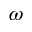
\omega